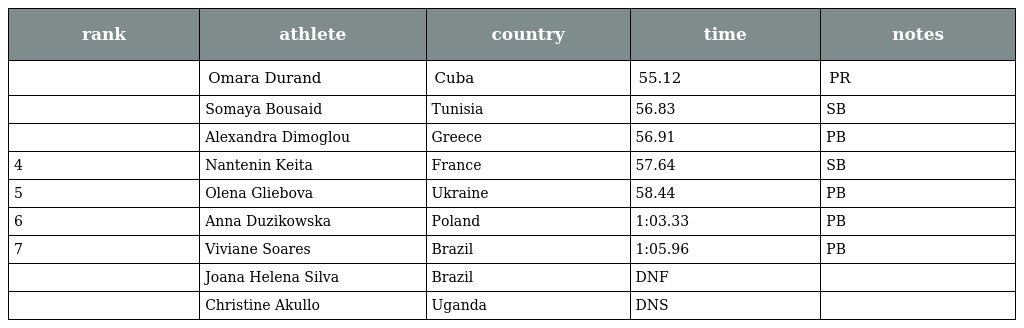
| rank | athlete | country | time | notes |
 | --- | --- | --- | --- | --- |
 |  | Omara Durand | Cuba | 55.12 | PR |
 |  | Somaya Bousaid | Tunisia | 56.83 | SB |
 |  | Alexandra Dimoglou | Greece | 56.91 | PB |
 | 4 | Nantenin Keita | France | 57.64 | SB |
 | 5 | Olena Gliebova | Ukraine | 58.44 | PB |
 | 6 | Anna Duzikowska | Poland | 1:03.33 | PB |
 | 7 | Viviane Soares | Brazil | 1:05.96 | PB |
 |  | Joana Helena Silva | Brazil | DNF |  |
 |  | Christine Akullo | Uganda | DNS |  |